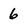
Character: 6